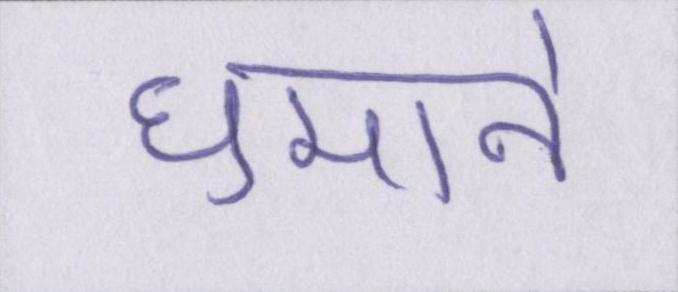
घुमाने